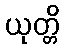
ယုတ္တိ